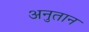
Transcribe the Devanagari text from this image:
अनुतान